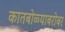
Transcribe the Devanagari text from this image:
कातबोळ्याबरोबर